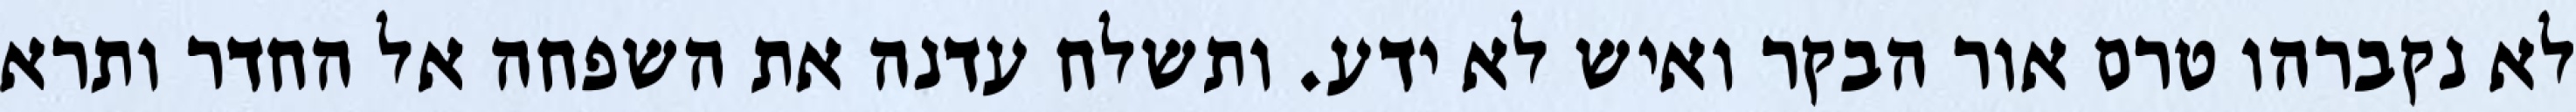
לא נקברהו טרם אור הבקר ואיש לא ידע. ותשלח עדנה את השפחה אל החדר ותרא